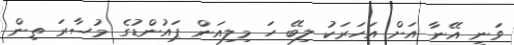
ވަނީ އޭނާ އަށް އަހަރަކު ލިބޭ ހަ މިލިއަން ޕައުންޑުގެ މުސާރަ ތިން